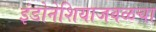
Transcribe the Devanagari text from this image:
इंडोनेशियाजवळचा